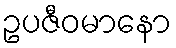
ဥပဇီဝမာနော